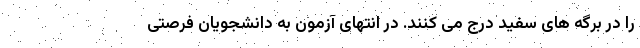
را در برگه های سفید درج می کنند. در انتهای آزمون به دانشجویان فرصتی